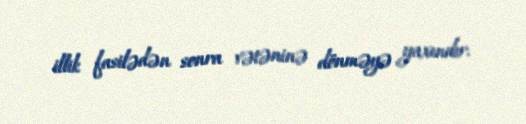
illik fasilədən sonra vətəninə dönməyə yaxındır.